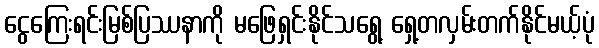
ငွေကြေးရင်းမြစ်ပြဿနာကို မဖြေရှင်းနိုင်သရွေ့ ရှေ့တလှမ်းတက်နိုင်မယ့်ပုံ